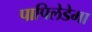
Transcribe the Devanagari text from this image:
पापिलेडेमा